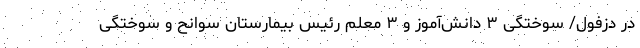
در دزفول/ سوختگی ۳ دانش‌آموز و ۳ معلم رئیس بیمارستان سوانح و سوختگی